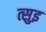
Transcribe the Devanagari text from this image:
त्सुइ